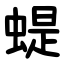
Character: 蝭